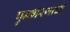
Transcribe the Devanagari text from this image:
पुनर्भरणाची